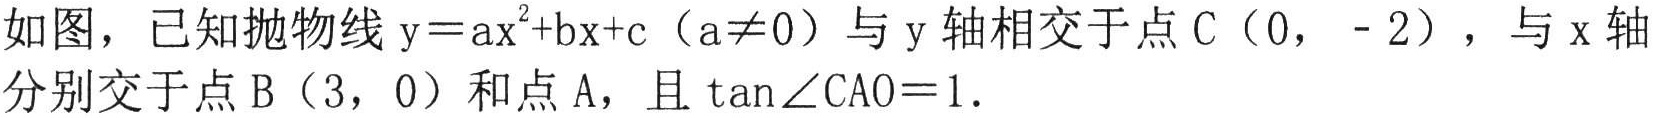
如图，已知抛物线$\mathrm{y}=a\mathrm{x}^{2}+b\mathrm{x}+c$（$a\neq0$）与$\mathrm{y}$轴相交于点$\mathrm{C}$（$0$，$- 2$），与$\mathrm{x}$轴分别交于点$\mathrm{B}$（$3$，$0$）和点$\mathrm{A}$，且$\tan\angle\mathrm{CAO}=1$.